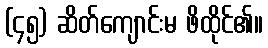
(၄၅) ဆိတ်ကျောင်းမ ဖိထိုင်၏။